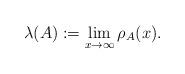
LaTeX: \begin{align*}\lambda(A) := \lim_{x \rightarrow \infty} \rho_A(x). \end{align*}